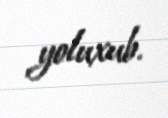
yoluxub.